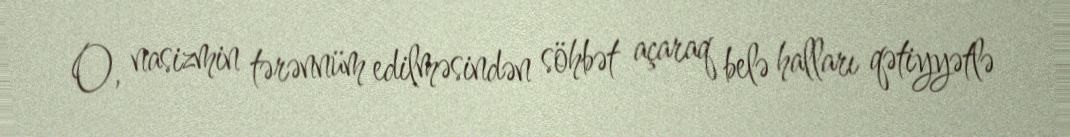
O, nasizmin tərənnüm edilməsindən söhbət açaraq belə halları qətiyyətlə